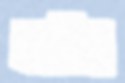
কাইচা